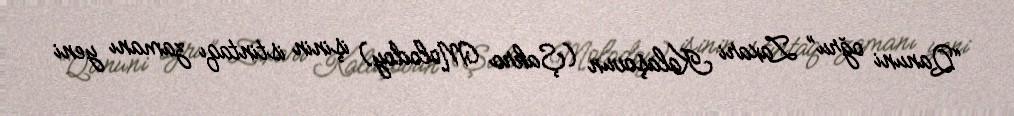
“Qanuni oğru” Zaxari Kalaşovun (Şakro Molodoy) işinin istintaqı zamanı yeni